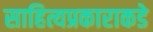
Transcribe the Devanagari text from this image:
साहित्यप्रकाराकडे